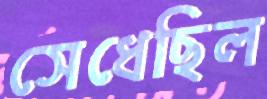
সেধেছিল